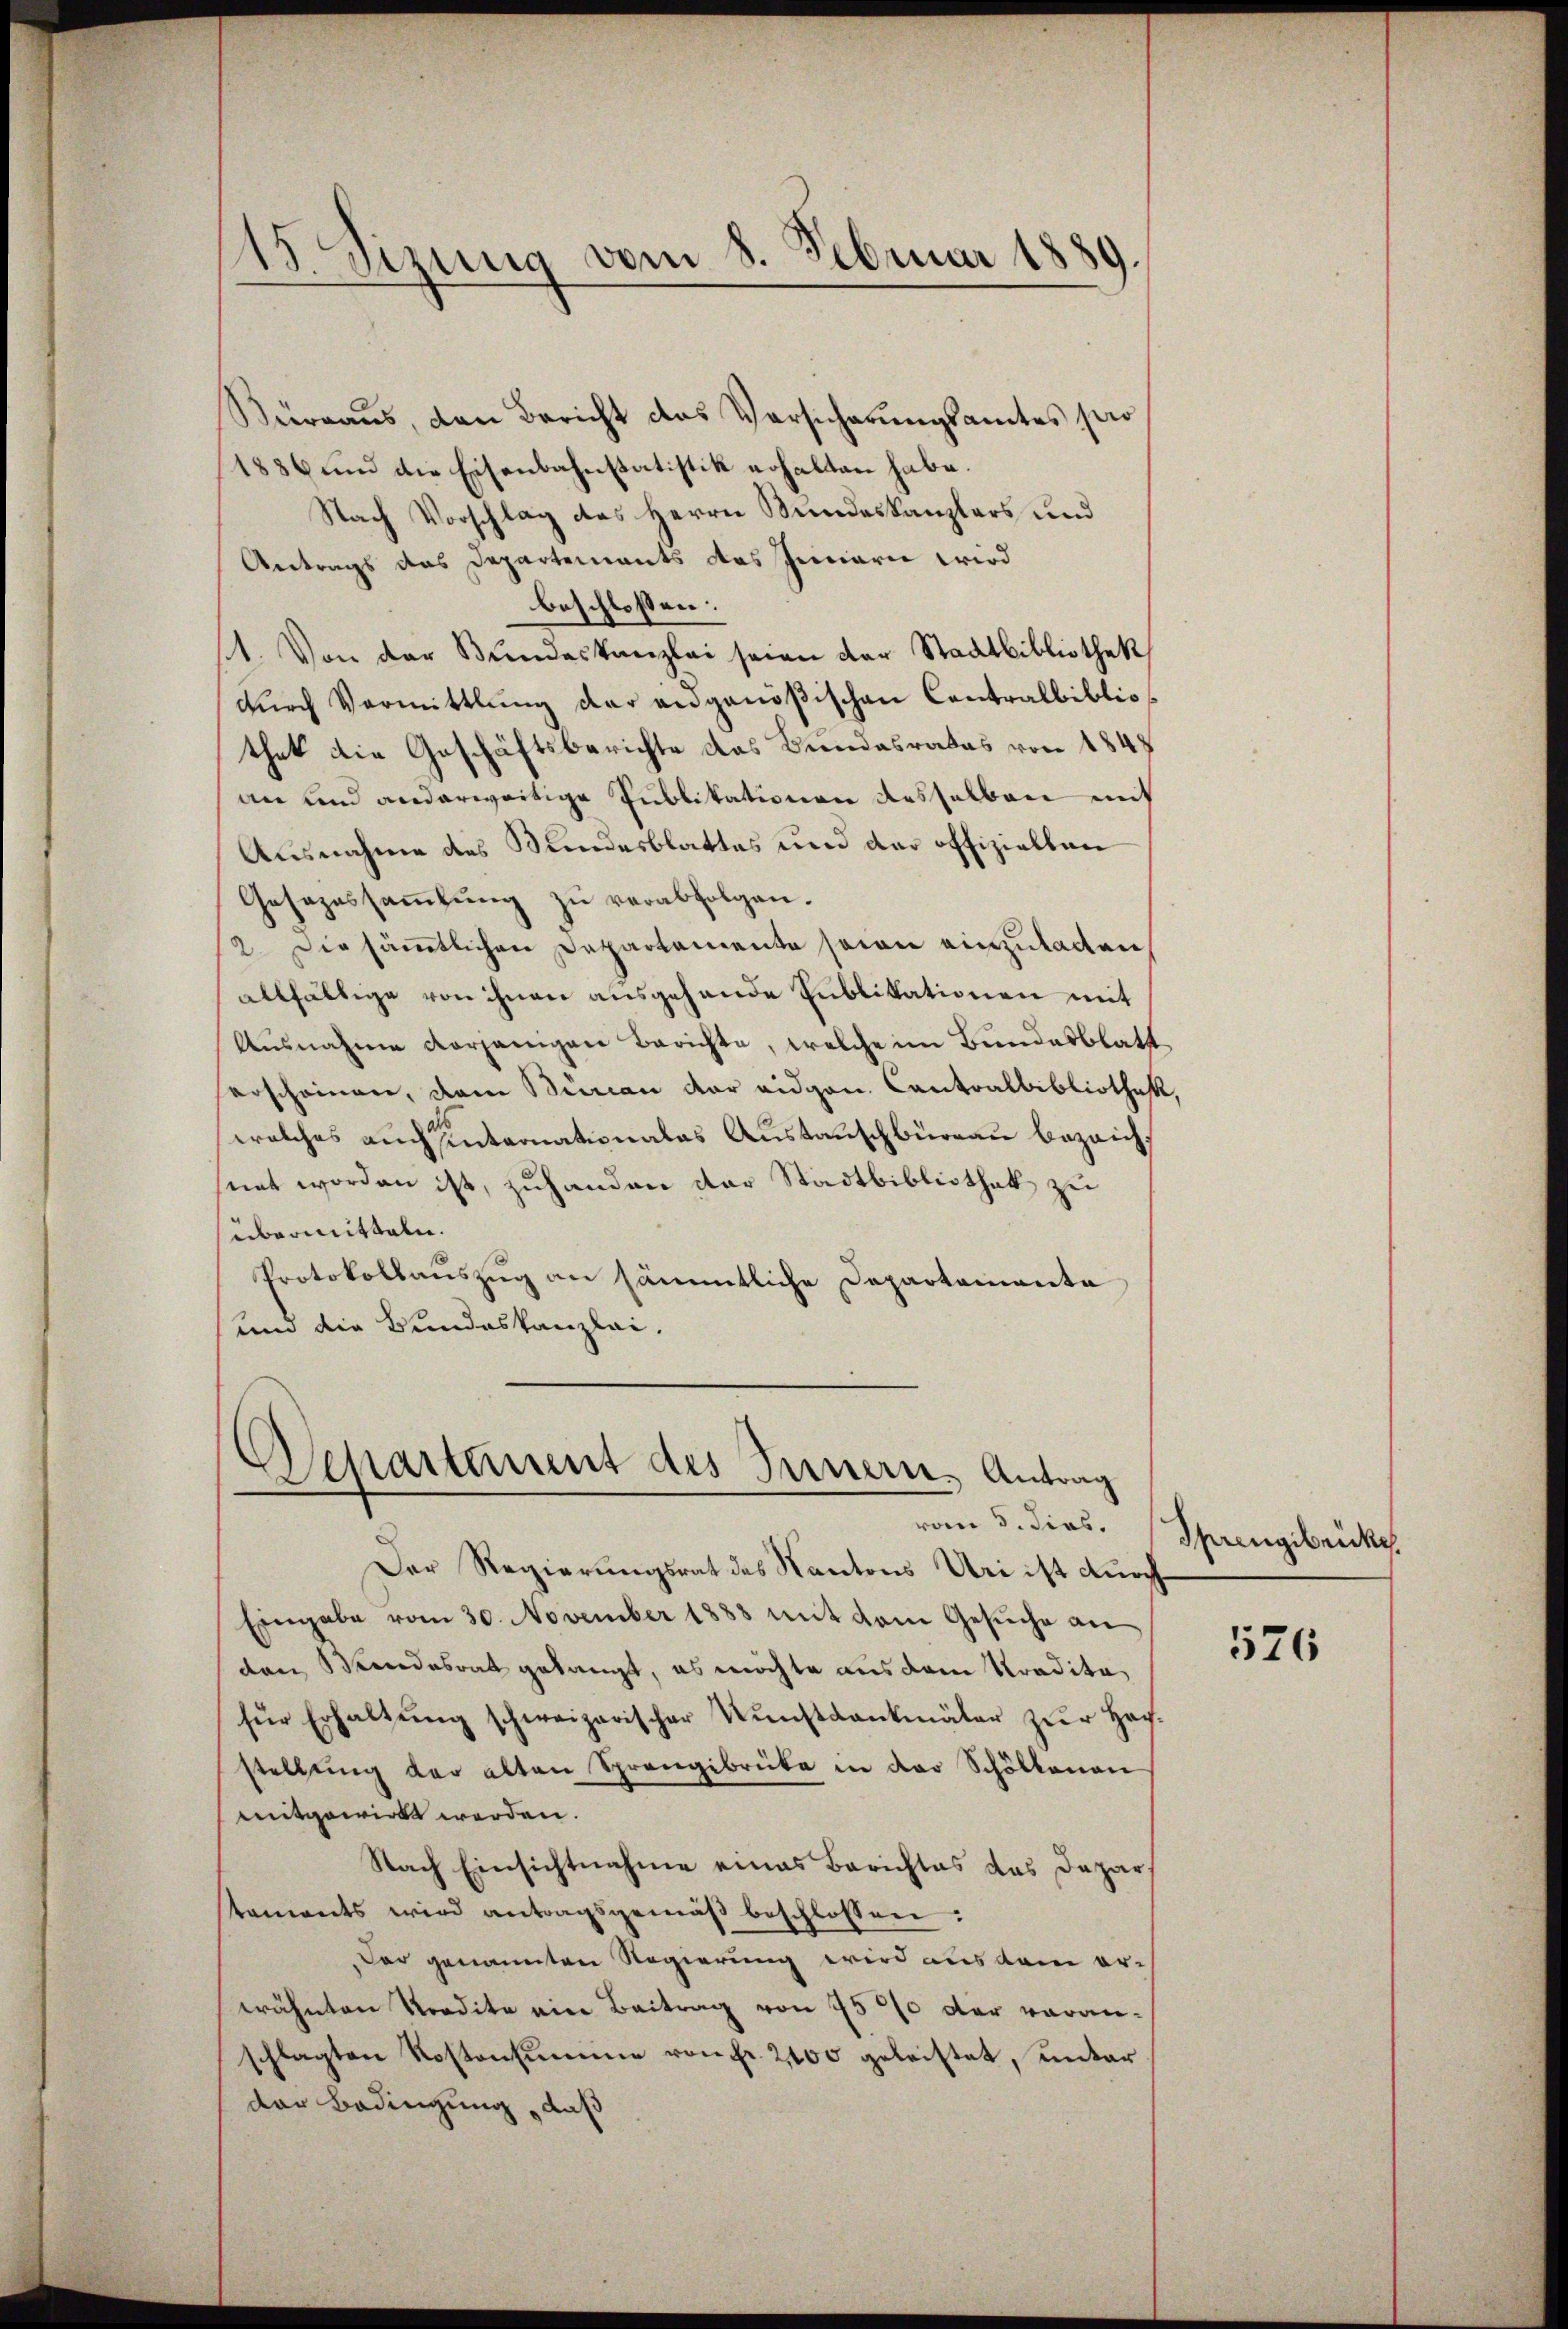
Kürraus, den Bericht das Versicherungsamtes pro
1886 und die Eisenbahnstatistik erhalten habe.
Nach Vorschlag des Herrn Bundeskanzlers und
Antrags das Departements das Innern wird
beschlossen:
(1. Von der Bŭndeskanzlei seien der Stadtbibliothek
durch Vermittlung der angenößischen Contralbibliothat die Geschäftsberichte das Bundesrates von 1847
an und anderweitige Publikationen desselben mit
Ausnahme des Wundesblattes und der offiziellen
Gesezessammlung zu verabfolgen.
2. Die sämmtlichen Departemente seien einzuladen
allfältige von ihnen ausgehende Publikationen mit
Ausnahme vorjenigen Berichte, welche im Bundesblatt
erscheinen, dem Burcan der eidgen. Contralbibliothek,
welches auch sinternationalas Austauschbüreau bezeich,
snet worden ist, zuhanden der Stadtbibliothek zu
übermitteln.
Protokollauszug an sämmtliche Departemente
und die Bundeskanzlei,

15 sizung vom 8. Februar 1889.

Departement des Innern, Antrag

vom 5. dies.
Der Regierungsrat des Kantons Uri ist durch
Eingabe vom 30. November 1883 mit dem Gesŭche an
den Bundesrat gelangt, es möchte aus dem Tradita
für Erhaltŭng schweizerischer Kŭnstdankmäler zŭr Hoch-
stellŭng der alten Sprangibrücke in der Schölkanen
mitgewirkt werden.
Nach Einsichtnahme eines Berichtes das Departaments wird antragsgemäβ beschlossen:
Das genannten Regierung wird aus dem er-
wähnten Kredite eine Beitrag von 7500 der voranschlagten Rostensumme von Fr. 2100 geleistet, unter
der Bedingung, daß

Sprengibrücke

526